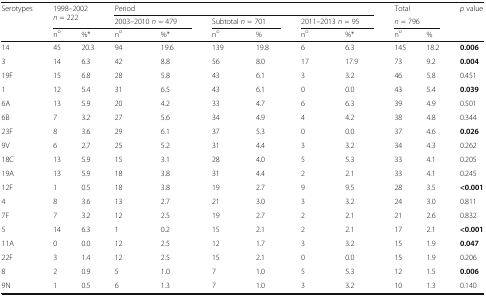
<table><thead><tr><td rowspan="3"><b>Serotypes</b></td><td rowspan="2" colspan="2"><b>1998–2002 <i>n</i> = 222</b></td><td colspan="6"><b>Period</b></td><td colspan="2"><b>Total</b></td><td><b><i>p</i> value</b></td></tr><tr><td colspan="2"><b>2003–2010 <i>n</i> = 479</b></td><td colspan="2"><b>Subtotal <i>n</i> = 701</b></td><td colspan="2"><b>2011–2013 <i>n</i> = 95</b></td><td colspan="2"><b><i>n</i> = 796</b></td><td rowspan="2"></td></tr><tr><td><b>n<sup>o</sup></b></td><td><b>%*</b></td><td><b>n<sup>o</sup></b></td><td><b>%*</b></td><td><b>n<sup>o</sup></b></td><td><b>%</b></td><td><b>n<sup>o</sup></b></td><td><b>%*</b></td><td><b>n<sup>o</sup></b></td><td><b>%</b></td></tr></thead><tbody><tr><td>14</td><td>45</td><td>20.3</td><td>94</td><td>19.6</td><td>139</td><td>19.8</td><td>6</td><td>6.3</td><td>145</td><td>18.2</td><td><b>0.006</b></td></tr><tr><td>3</td><td>14</td><td>6.3</td><td>42</td><td>8.8</td><td>56</td><td>8.0</td><td>17</td><td>17.9</td><td>73</td><td>9.2</td><td><b>0.004</b></td></tr><tr><td>19F</td><td>15</td><td>6.8</td><td>28</td><td>5.8</td><td>43</td><td>6.1</td><td>3</td><td>3.2</td><td>46</td><td>5.8</td><td>0.451</td></tr><tr><td>1</td><td>12</td><td>5.4</td><td>31</td><td>6.5</td><td>43</td><td>6.1</td><td>0</td><td>0.0</td><td>43</td><td>5.4</td><td><b>0.039</b></td></tr><tr><td>6A</td><td>13</td><td>5.9</td><td>20</td><td>4.2</td><td>33</td><td>4.7</td><td>6</td><td>6.3</td><td>39</td><td>4.9</td><td>0.501</td></tr><tr><td>6B</td><td>7</td><td>3.2</td><td>27</td><td>5.6</td><td>34</td><td>4.9</td><td>4</td><td>4.2</td><td>38</td><td>4.8</td><td>0.344</td></tr><tr><td>23F</td><td>8</td><td>3.6</td><td>29</td><td>6.1</td><td>37</td><td>5.3</td><td>0</td><td>0.0</td><td>37</td><td>4.6</td><td><b>0.026</b></td></tr><tr><td>9V</td><td>6</td><td>2.7</td><td>25</td><td>5.2</td><td>31</td><td>4.4</td><td>3</td><td>3.2</td><td>34</td><td>4.3</td><td>0.262</td></tr><tr><td>18C</td><td>13</td><td>5.9</td><td>15</td><td>3.1</td><td>28</td><td>4.0</td><td>5</td><td>5.3</td><td>33</td><td>4.1</td><td>0.205</td></tr><tr><td>19A</td><td>13</td><td>5.9</td><td>18</td><td>3.8</td><td>31</td><td>4.4</td><td>2</td><td>2.1</td><td>33</td><td>4.1</td><td>0.245</td></tr><tr><td>12F</td><td>1</td><td>0.5</td><td>18</td><td>3.8</td><td>19</td><td>2.7</td><td>9</td><td>9.5</td><td>28</td><td>3.5</td><td><b>&lt;0.001</b></td></tr><tr><td>4</td><td>8</td><td>3.6</td><td>13</td><td>2.7</td><td>21</td><td>3.0</td><td>3</td><td>3.2</td><td>24</td><td>3.0</td><td>0.811</td></tr><tr><td>7F</td><td>7</td><td>3.2</td><td>12</td><td>2.5</td><td>19</td><td>2.7</td><td>2</td><td>2.1</td><td>21</td><td>2.6</td><td>0.832</td></tr><tr><td>5</td><td>14</td><td>6.3</td><td>1</td><td>0.2</td><td>15</td><td>2.1</td><td>2</td><td>2.1</td><td>17</td><td>2.1</td><td><b>&lt;0.001</b></td></tr><tr><td>11A</td><td>0</td><td>0.0</td><td>12</td><td>2.5</td><td>12</td><td>1.7</td><td>3</td><td>3.2</td><td>15</td><td>1.9</td><td><b>0.047</b></td></tr><tr><td>22F</td><td>3</td><td>1.4</td><td>12</td><td>2.5</td><td>15</td><td>2.1</td><td>0</td><td>0.0</td><td>15</td><td>1.9</td><td>0.206</td></tr><tr><td>8</td><td>2</td><td>0.9</td><td>5</td><td>1.0</td><td>7</td><td>1.0</td><td>5</td><td>5.3</td><td>12</td><td>1.5</td><td><b>0.006</b></td></tr><tr><td>9N</td><td>1</td><td>0.5</td><td>6</td><td>1.3</td><td>7</td><td>1.0</td><td>3</td><td>3.2</td><td>10</td><td>1.3</td><td>0.140</td></tr></tbody></table>